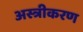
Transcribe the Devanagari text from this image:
अस्त्रीकरण